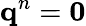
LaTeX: \mathbf{q}^{n}=\mathbf{0}